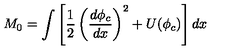
M _ { 0 } = \int \left[ \frac { 1 } { 2 } \left( \frac { d \phi _ { c } } { d x } \right) ^ { 2 } + U ( \phi _ { c } ) \right] d x